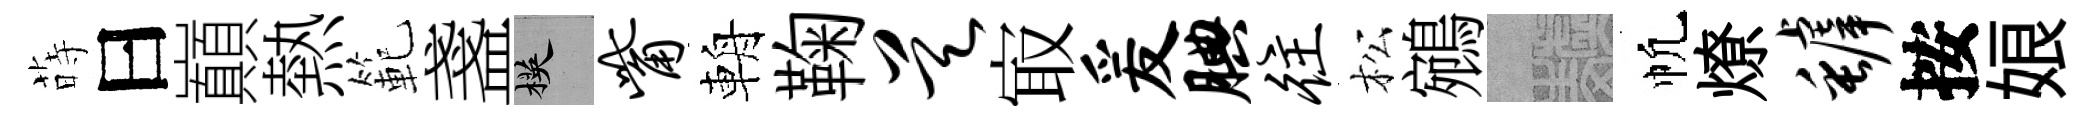
蒔曰巔熱範盞楧觜輈鞠昊㝡爰腆往松鵷熙帆燎罅按娘